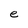
Character: e